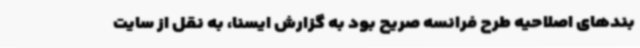
بندهای اصلاحیه طرح فرانسه صریح بود به گزارش ایسنا، به نقل از سایت